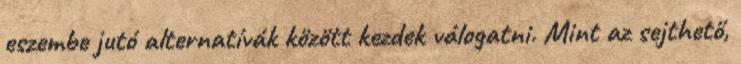
eszembe jutó alternatívák között kezdek válogatni. Mint az sejthető,